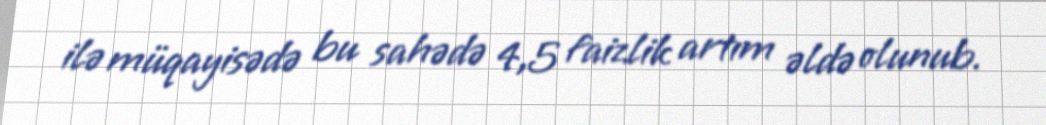
ilə müqayisədə bu sahədə 4,5 faizlik artım əldə olunub.